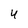
Character: 4